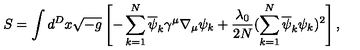
S = \int d ^ { D } x \sqrt { - g } \left[ - \sum _ { k = 1 } ^ { N } \overline { { \psi } } _ { k } \gamma ^ { \mu } \nabla _ { \mu } \psi _ { k } + \frac { \lambda _ { 0 } } { 2 N } ( \sum _ { k = 1 } ^ { N } \overline { { \psi } } _ { k } \psi _ { k } ) ^ { 2 } \right] ,